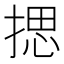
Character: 揌